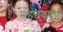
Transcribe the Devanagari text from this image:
मह़तवपूर्ण